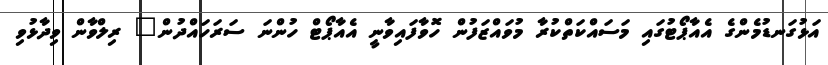
އަޅުގަނޑުމެންގެ އެއާޕޯޓުގައި މަސައްކަތްކުރާ މުވައްޒަފުން ހޮވާފައިވާނީ އެއާޕޯޓް ހުންނަ ސަރަހައްދުން" ރިލްވާން ވިދާޅުވި